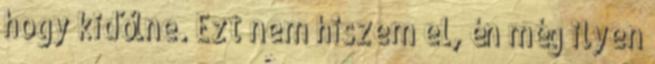
hogy kidőlne. Ezt nem hiszem el, én még ilyen